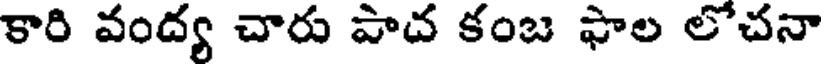
కారి వంద్య చారు పాద కంబ ఫాల లోచనా